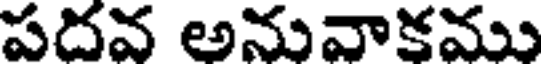
పదవ అనువాకము